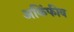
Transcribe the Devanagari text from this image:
अकिंफीव